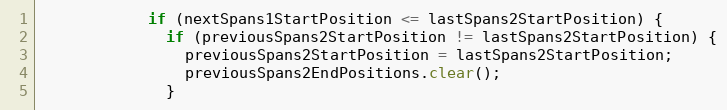
Language: Java
            if (nextSpans1StartPosition <= lastSpans2StartPosition) {
              if (previousSpans2StartPosition != lastSpans2StartPosition) {
                previousSpans2StartPosition = lastSpans2StartPosition;
                previousSpans2EndPositions.clear();
              }